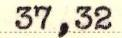
37,32